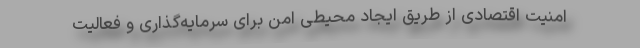
امنیت اقتصادی از طریق ایجاد محیطی امن برای سرمایه‌گذاری و فعالیت